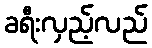
ခရီးလှည့်လည်